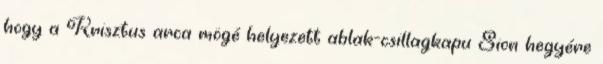
hogy a Krisz­tus arca mögé helyezett ablak-csillagkapu Sion hegyére